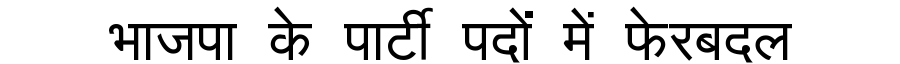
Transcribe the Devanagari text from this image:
भाजपा के पार्टी पदों में फेरबदल